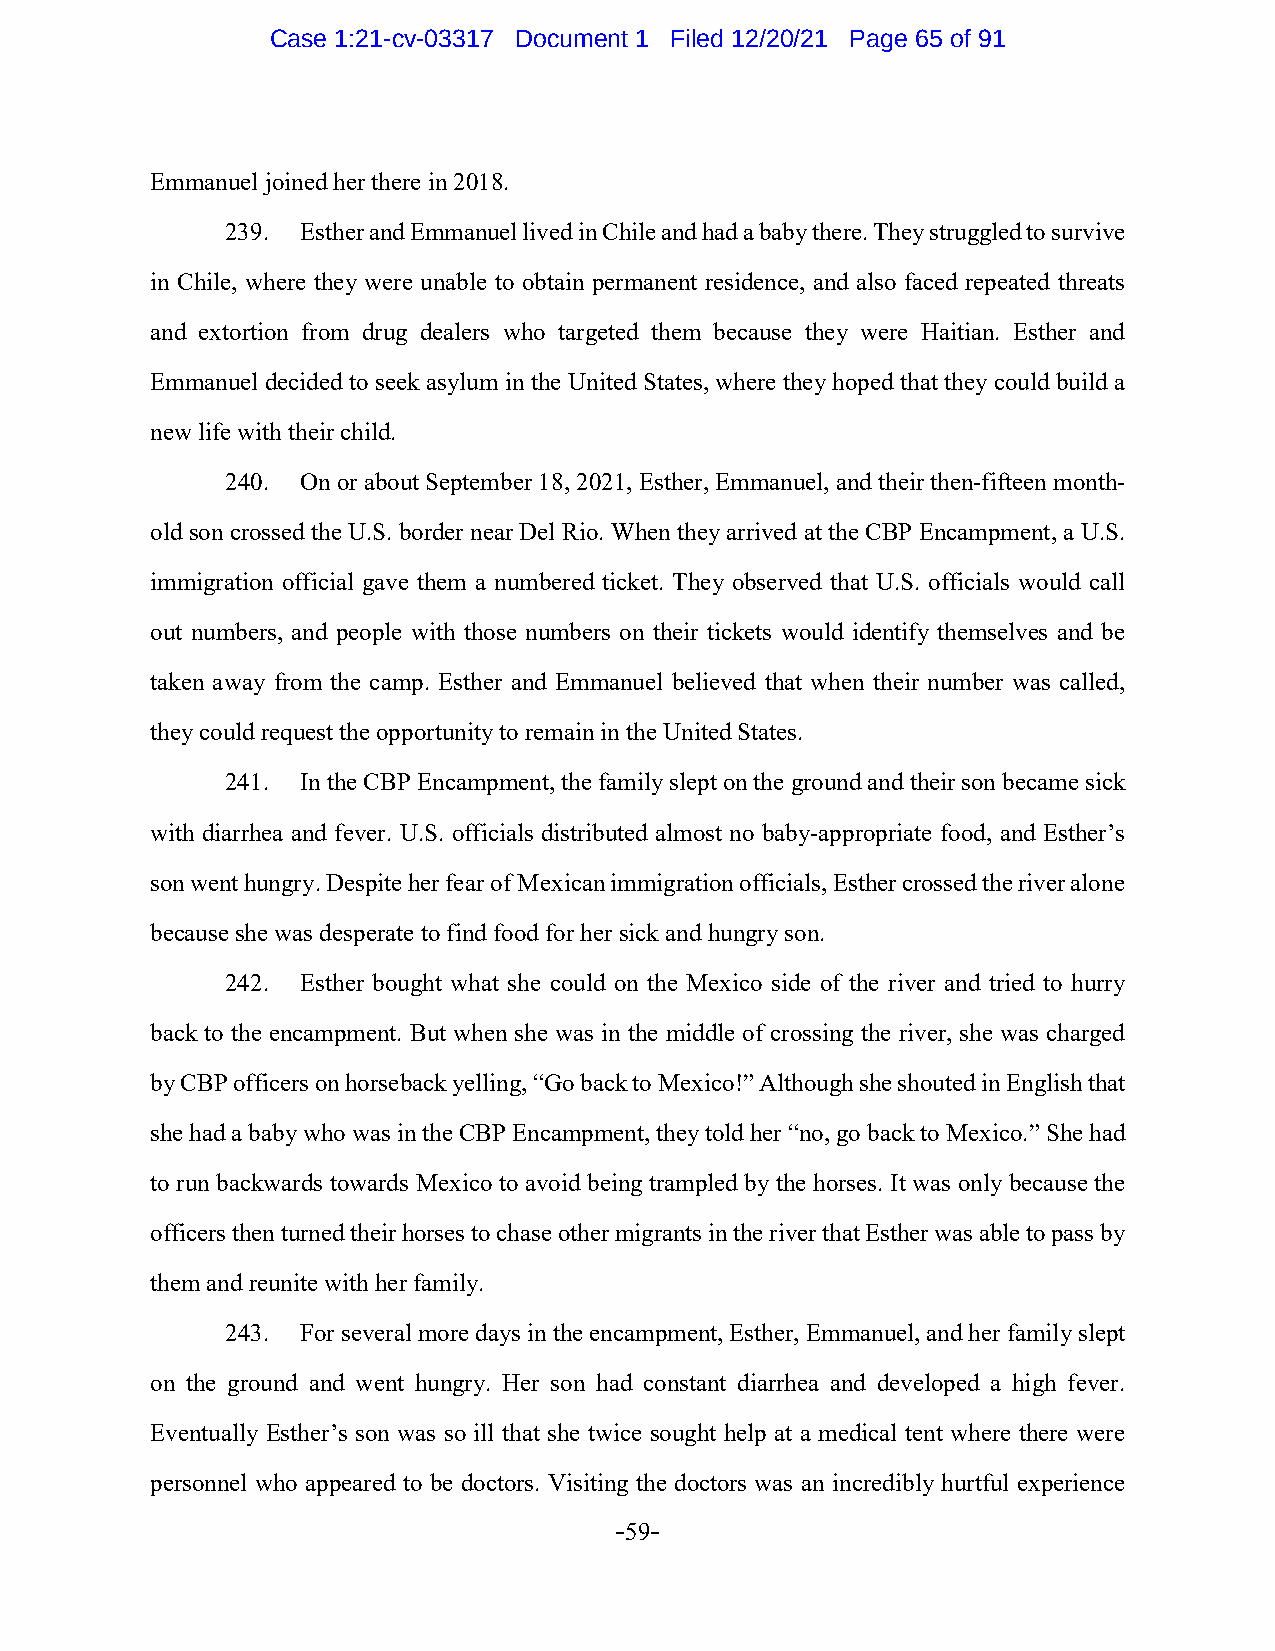
Case 1:21-cv-03317 Document 1 Filed 12/20/21 Page 65 of 91
 Emmanuel joined her there in 2018.
 239. Esther and Emmanuel lived in Chile and had a baby there. They struggled to survive
 in Chile, where they were unable to obtain permanent residence, and also faced repeated threats
 and extortion from drug dealers who targeted them because they were Haitian. Esther and
 Emmanuel decided to seek asylum in the United States, where they hoped that they could build a
 new life with their child.
 240. On or about September 18, 2021, Esther, Emmanuel, and their then-fifteen month-
 old son crossed the U.S. border near Del Rio. When they arrived at the CBP Encampment, a U.S.
 immigration official gave them a numbered ticket. They observed that U.S. officials would call
 out numbers, and people with those numbers on their tickets would identify themselves and be
 taken away from the camp. Esther and Emmanuel believed that when their number was called,
 they could request the opportunity to remain in the United States.
 241. In the CBP Encampment, the family slept on the ground and their son became sick
 with diarrhea and fever. U.S. officials distributed almost no baby-appropriate food, and Esther’s
 son went hungry. Despite her fear of Mexican immigration officials, Esther crossed the river alone
 because she was desperate to find food for her sick and hungry son.
 242. Esther bought what she could on the Mexico side of the river and tried to hurry
 back to the encampment. But when she was in the middle of crossing the river, she was charged
 by CBP officers on horseback yelling, “Go back to Mexico!” Although she shouted in English that
 she had a baby who was in the CBP Encampment, they told her “no, go back to Mexico.” She had
 to run backwards towards Mexico to avoid being trampled by the horses. It was only because the
 officers then turned their horses to chase other migrants in the river that Esther was able to pass by
 them and reunite with her family.
 243. For several more days in the encampment, Esther, Emmanuel, and her family slept
 on the ground and went hungry. Her son had constant diarrhea and developed a high fever.
 Eventually Esther’s son was so ill that she twice sought help at a medical tent where there were
 personnel who appeared to be doctors. Visiting the doctors was an incredibly hurtful experience
 -59-